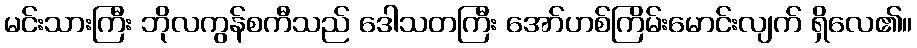
မင်းသားကြီး ဘိုလကွန်စကီသည် ဒေါသတကြီး အော်ဟစ်ကြိမ်းမောင်းလျက် ရှိလေ၏။